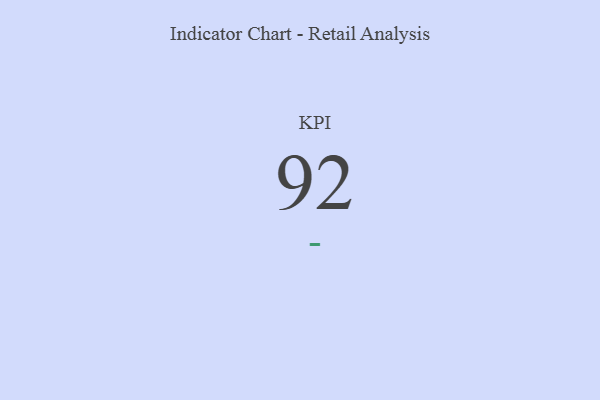
{"axis": {"x": "KPI", "y": "Value"}, "legend": [""], "data": [{"x": "KPI", "y": 92, "type": ""}]}